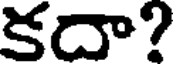
కదా?